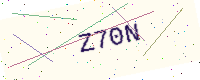
Text: Z70N